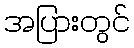
အပြားတွင်